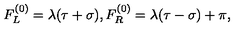
F _ { L } ^ { ( 0 ) } = \lambda ( \tau + \sigma ) , F _ { R } ^ { ( 0 ) } = \lambda ( \tau - \sigma ) + \pi ,